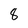
Character: 8